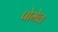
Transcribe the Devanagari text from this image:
पोमेल